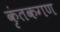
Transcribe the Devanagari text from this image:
कृंतकगण